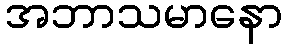
အဘာသမာနော